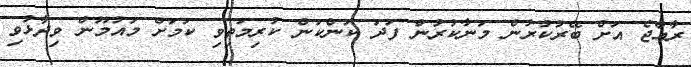
ރާއްޖެ އަށް ބޭރުކުރުން މަނާކުރުން ފަދަ ކަންކަން ކުރިމަތިވި ކަމަށް މައުމޫން ވިދާޅުވި